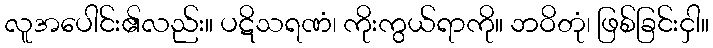
လူအပေါင်း၏လည်း။ ပဋိသရဏံ၊ ကိုးကွယ်ရာကို။ ဘဝိတုံ၊ ဖြစ်ခြင်းငှါ။